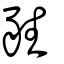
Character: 甤